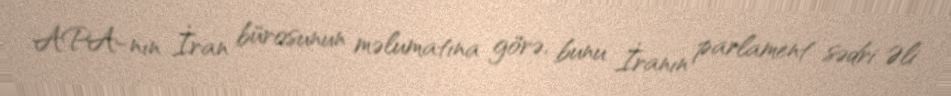
APA-nın İran bürosunun məlumatına görə, bunu İranın parlament sədri Əli